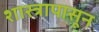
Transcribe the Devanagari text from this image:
शास्त्रापासून